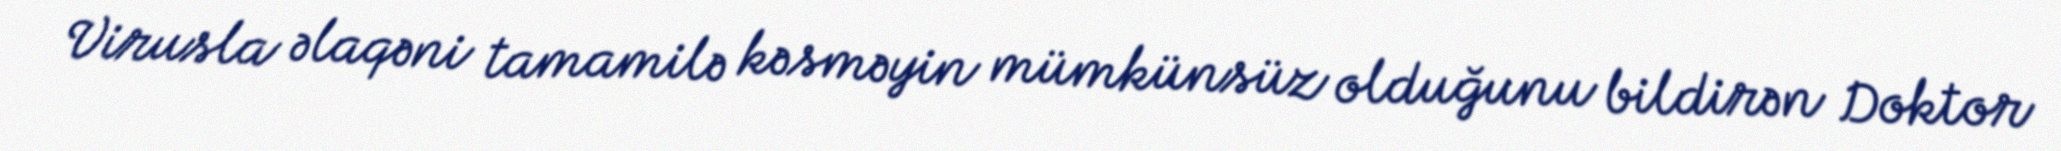
Virusla əlaqəni tamamilə kəsməyin mümkünsüz olduğunu bildirən Doktor